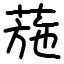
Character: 葹